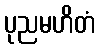
ပုညမဟိတံ